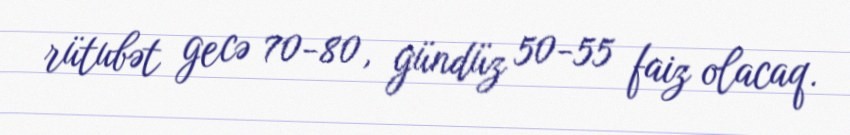
rütubət gecə 70-80, gündüz 50-55 faiz olacaq.